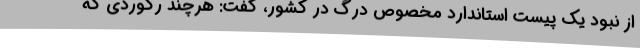
از نبود یک پیست استاندارد مخصوص درگ در کشور، گفت: هرچند رکوردی که